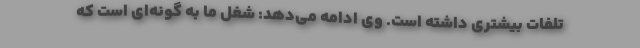
تلفات بیشتری داشته است. وی ادامه می‌دهد: شغل ما به گونه‌ای است که